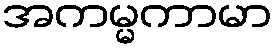
အကမ္မကာမာ